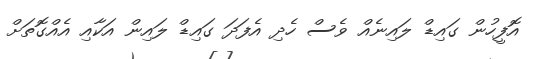
އޮފީހުން ގައިޑް ލައިނެއް ވެސް ހެދި އެފަދަ ގައިޑް ލައިން އަކާއި އެއްގޮތަށް